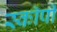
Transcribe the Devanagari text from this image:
स्काॅर्पी